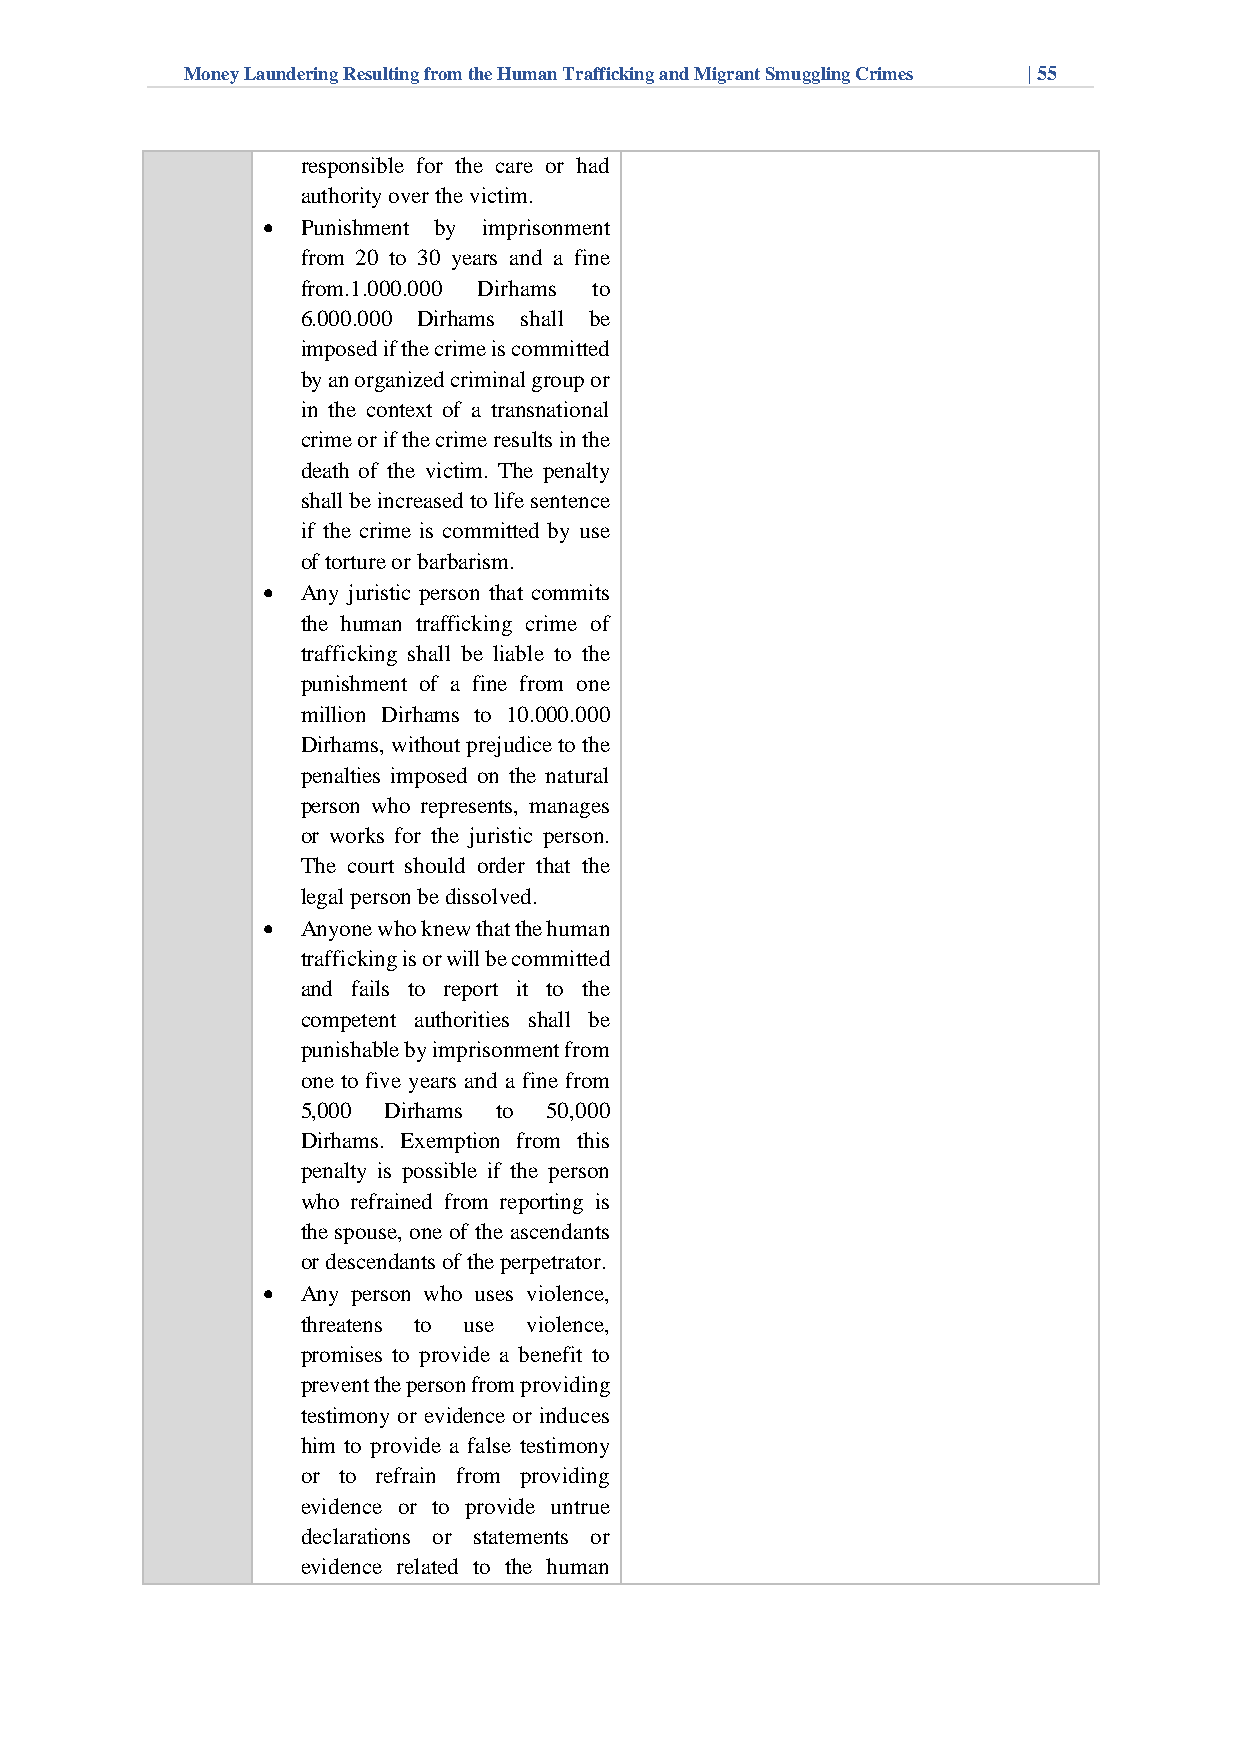
Money Laundering Resulting from the Human Trafficking and Migrant Smuggling Crimes | 55
 responsible for the care or had
 authority over the victim.
 •  Punishment by imprisonment
 from 20 to 30 years and a fine
 from.1.000.000 Dirhams to
 6.000.000 Dirhams shall be
 imposed if the crime is committed
 by an organized criminal group or
 in the context of a transnational
 crime or if the crime results in the
 death of the victim. The penalty
 shall be increased to life sentence
 if the crime is committed by use
 of torture or barbarism.
 •  Any juristic person that commits
 the human trafficking crime of
 trafficking shall be liable to the
 punishment of a fine from one
 million Dirhams to 10.000.000
 Dirhams, without prejudice to the
 penalties imposed on the natural
 person who represents, manages
 or works for the juristic person.
 The court should order that the
 legal person be dissolved.
 •  Anyone who knew that the human
 trafficking is or will be committed
 and fails to report it to the
 competent authorities shall be
 punishable by imprisonment from
 one to five years and a fine from
 5,000 Dirhams to 50,000
 Dirhams. Exemption from this
 penalty is possible if the person
 who refrained from reporting is
 the spouse, one of the ascendants
 or descendants of the perpetrator.
 •  Any person who uses violence,
 threatens to use violence,
 promises to provide a benefit to
 prevent the person from providing
 testimony or evidence or induces
 him to provide a false testimony
 or to refrain from providing
 evidence or to provide untrue
 declarations or statements or
 evidence related to the human